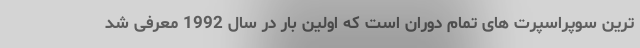
ترین سوپراسپرت های تمام دوران است که اولین بار در سال 1992 معرفی شد